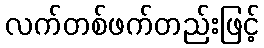
လက်တစ်ဖက်တည်းဖြင့်